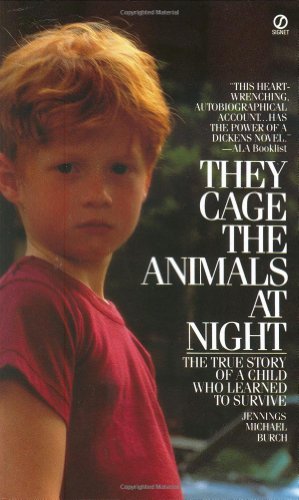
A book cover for They Cage the Animals at Night (Signet); Jennings Michael Burch; Parenting & Relationships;